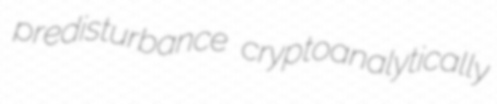
predisturbance cryptoanalytically